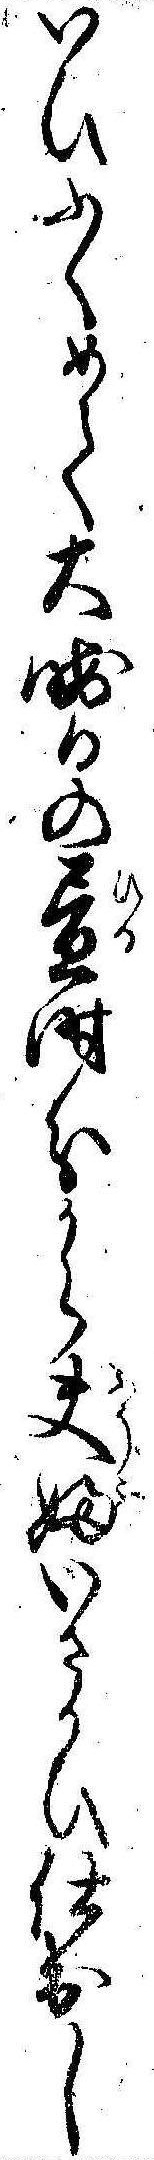
いひふくめて大晦日の昼時分から夫婦いさかひ仕出し